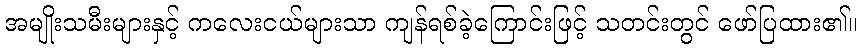
အမျိုးသမီးများနှင့် ကလေးငယ်များသာ ကျန်ရစ်ခဲ့ကြောင်းဖြင့် သတင်းတွင် ဖော်ပြထား၏။